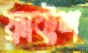
ফ্রাক্টশ